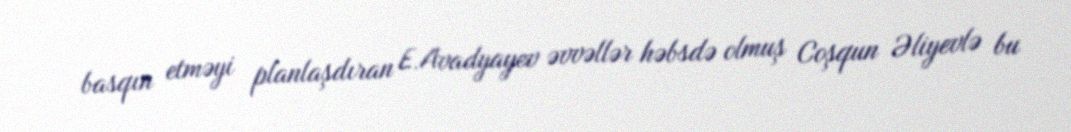
basqın etməyi planlaşdıran E.Avadyayev əvvəllər həbsdə olmuş Coşqun Əliyevlə bu